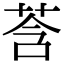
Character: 莟